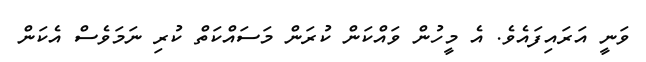
ވަނީ އަރައިފައެވެ. އެ މީހުން ވައްކަން ކުރަން މަސައްކަތް ކުރި ނަމަވެސް އެކަން